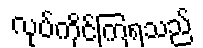
လုပ်ကိုင်ကြရသည်